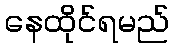
နေထိုင်ရမည်